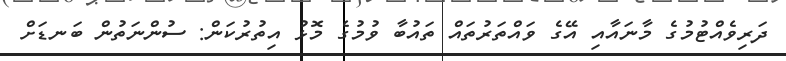
ދަރިވެއްޓުމުގެ މާނައާއި އޭގެ ވައްތަރުތައް ތައުބާ ވުމުގެ މޮޅު އިތުރުކަން: ސުންނަތުން ބަނޑަށް